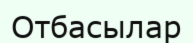
Отбасылар